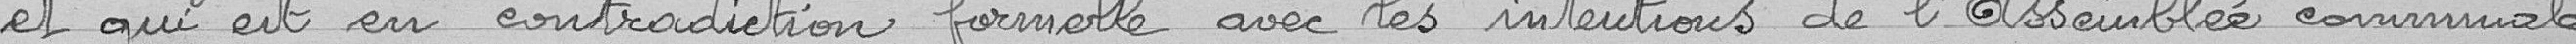
et qui est en contradiction formelle avec les intentions de l'assemblée communale